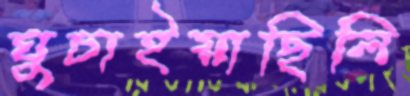
ঘুচাইয়াছিলি